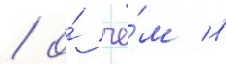
/ о́ че́м в